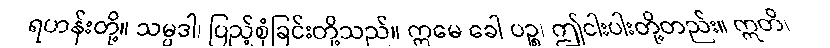
ရဟန်းတို့။ သမ္ပဒါ၊ ပြည့်စုံခြင်းတို့သည်။ ဣမေ ခေါ ပဉ္စ၊ ဤငါးပါးတို့တည်း။ ဣတိ၊